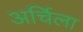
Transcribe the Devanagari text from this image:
अर्चिला